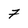
Character: 7